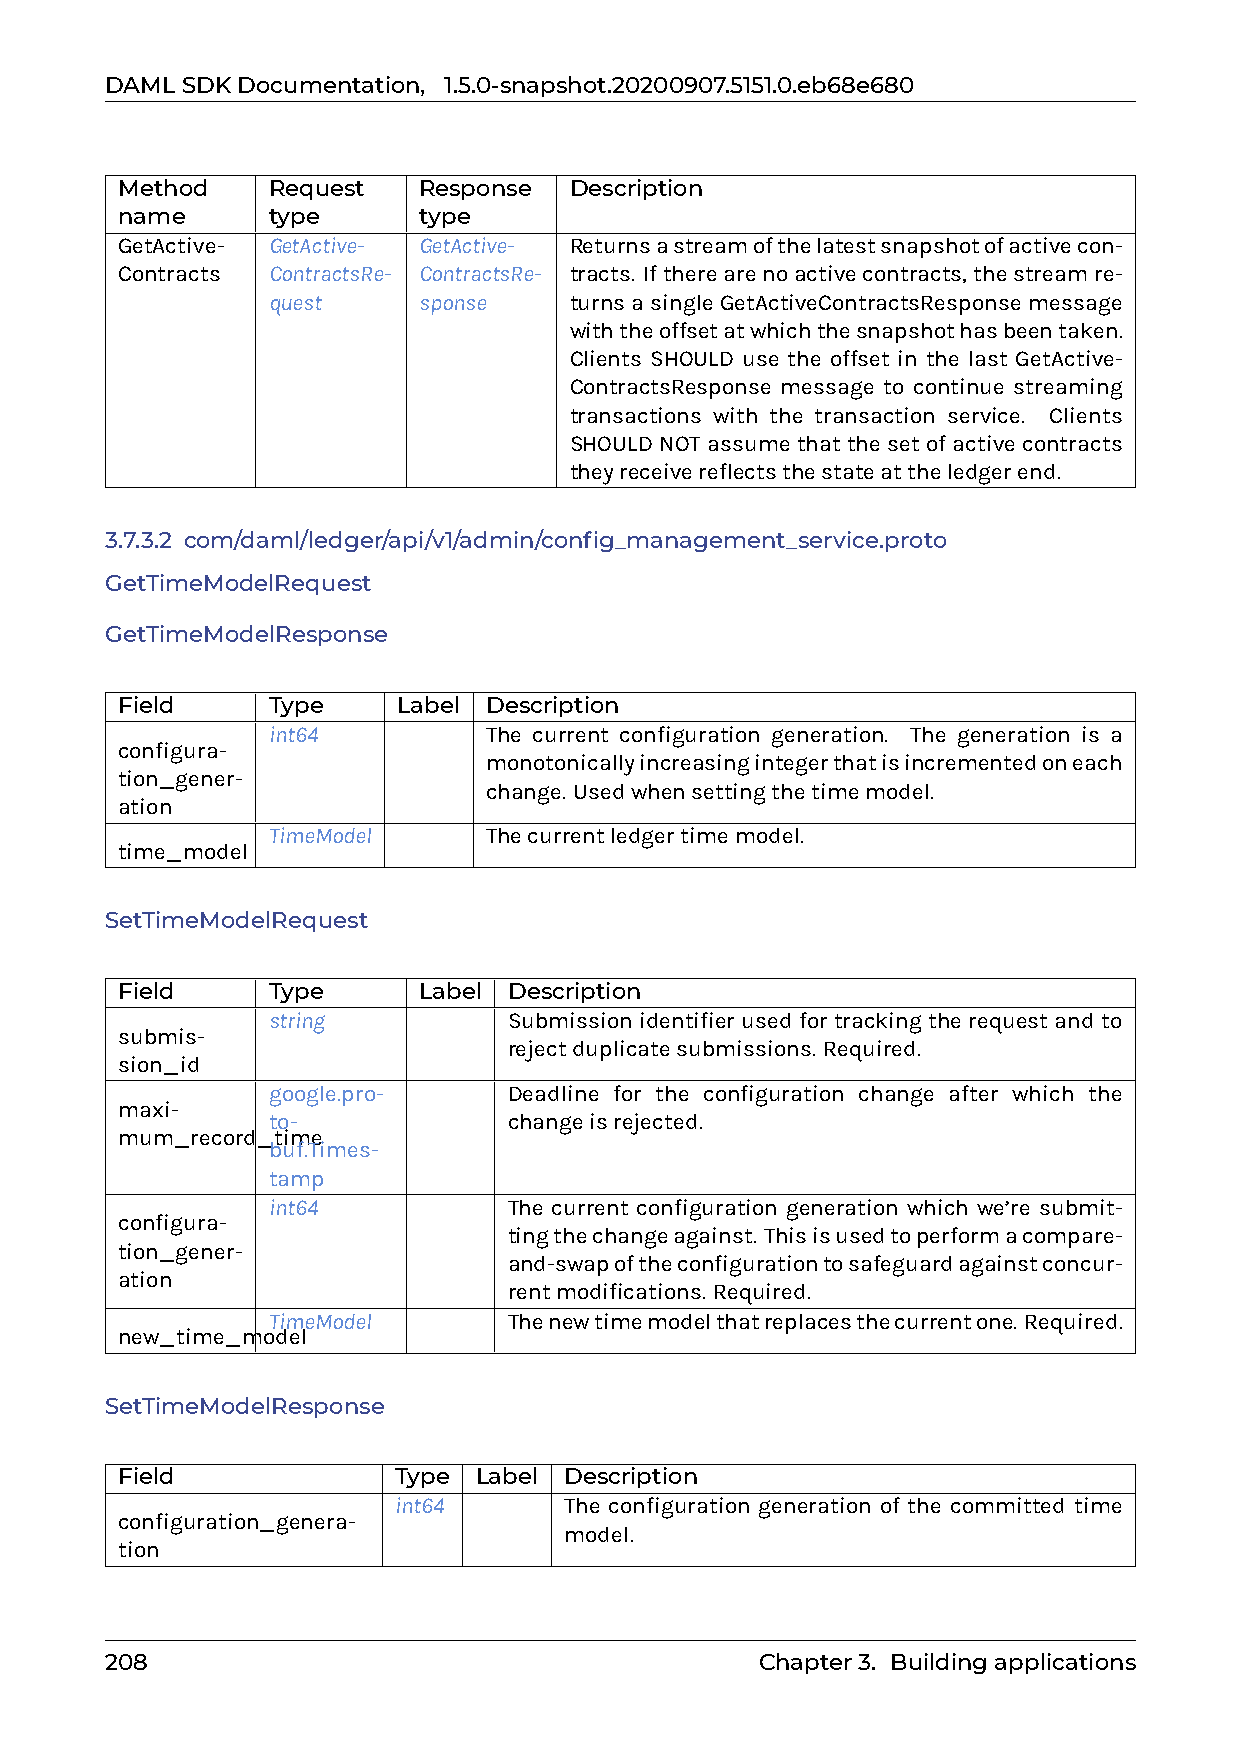
DAMLSDKDocumentation, 1.5.0-snapshot.20200907.5151.0.eb68e680
 Method    Request   Response  Description
 name      type      type
 GetActive- GetActive- GetActive- Returnsastreamofthelatestsnapshotofactivecon-
 Contracts ContractsRe- ContractsRe- tracts. Iftherearenoactivecontracts,thestreamre-
 quest     sponse    turnsasingleGetActiveContractsResponsemessage
 withtheoffsetatwhichthesnapshothasbeentaken.
 Clients SHOULD use the offset in the last GetActive-
 ContractsResponse message to continue streaming
 transactions with the transaction service. Clients
 SHOULD NOT assume that the set of active contracts
 theyreceivereflectsthestateattheledgerend.
 3.7.3.2 com/daml/ledger/api/v1/admin/config_management_service.proto
 GetTimeModelRequest
 GetTimeModelResponse
 Field     Type    Label Description
 int64         The current configuration generation. The generation is a
 configura-
 monotonicallyincreasingintegerthatisincrementedoneach
 tion_gener-
 change. Usedwhensettingthetimemodel.
 ation
 TimeModel     Thecurrentledgertimemodel.
 time_model
 SetTimeModelRequest
 Field     Type      Label Description
 string          Submission identifier used for tracking the request and to
 submis-
 rejectduplicatesubmissions. Required.
 sion_id
 google.pro-     Deadline for the configuration change after which the
 maxi-
 to-             changeisrejected.
 mum_record_time
 buf.Times-
 tamp
 int64           The current configuration generation which we’re submit-
 configura-
 tingthechangeagainst. Thisisusedtoperformacompare-
 tion_gener-
 and-swapoftheconfigurationtosafeguardagainstconcur-
 ation
 rentmodifications. Required.
 TimeModel       Thenewtimemodelthatreplacesthecurrentone. Required.
 new_time_model
 SetTimeModelResponse
 Field             Type Label Description
 int64      The configuration generation of the committed time
 configuration_genera-
 model.
 tion
 208                                        Chapter3. Buildingapplications